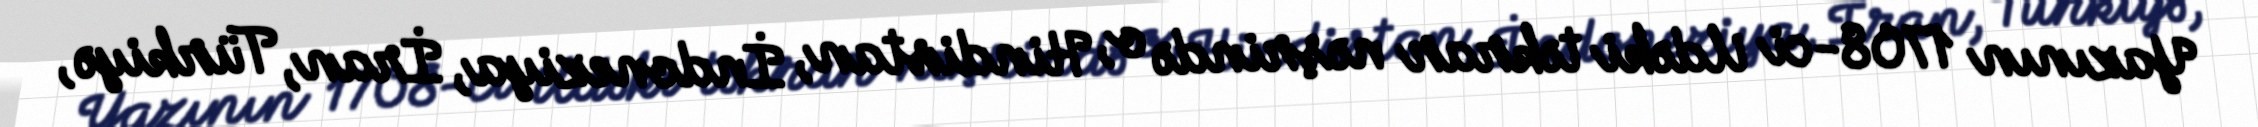
Yazının 1708-ci ildəki təkrar nəşrində o, Hindistan, İndoneziya, İran, Türkiyə,